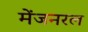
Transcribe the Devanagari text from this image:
मेंजनरल